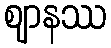
ဈာနဿ